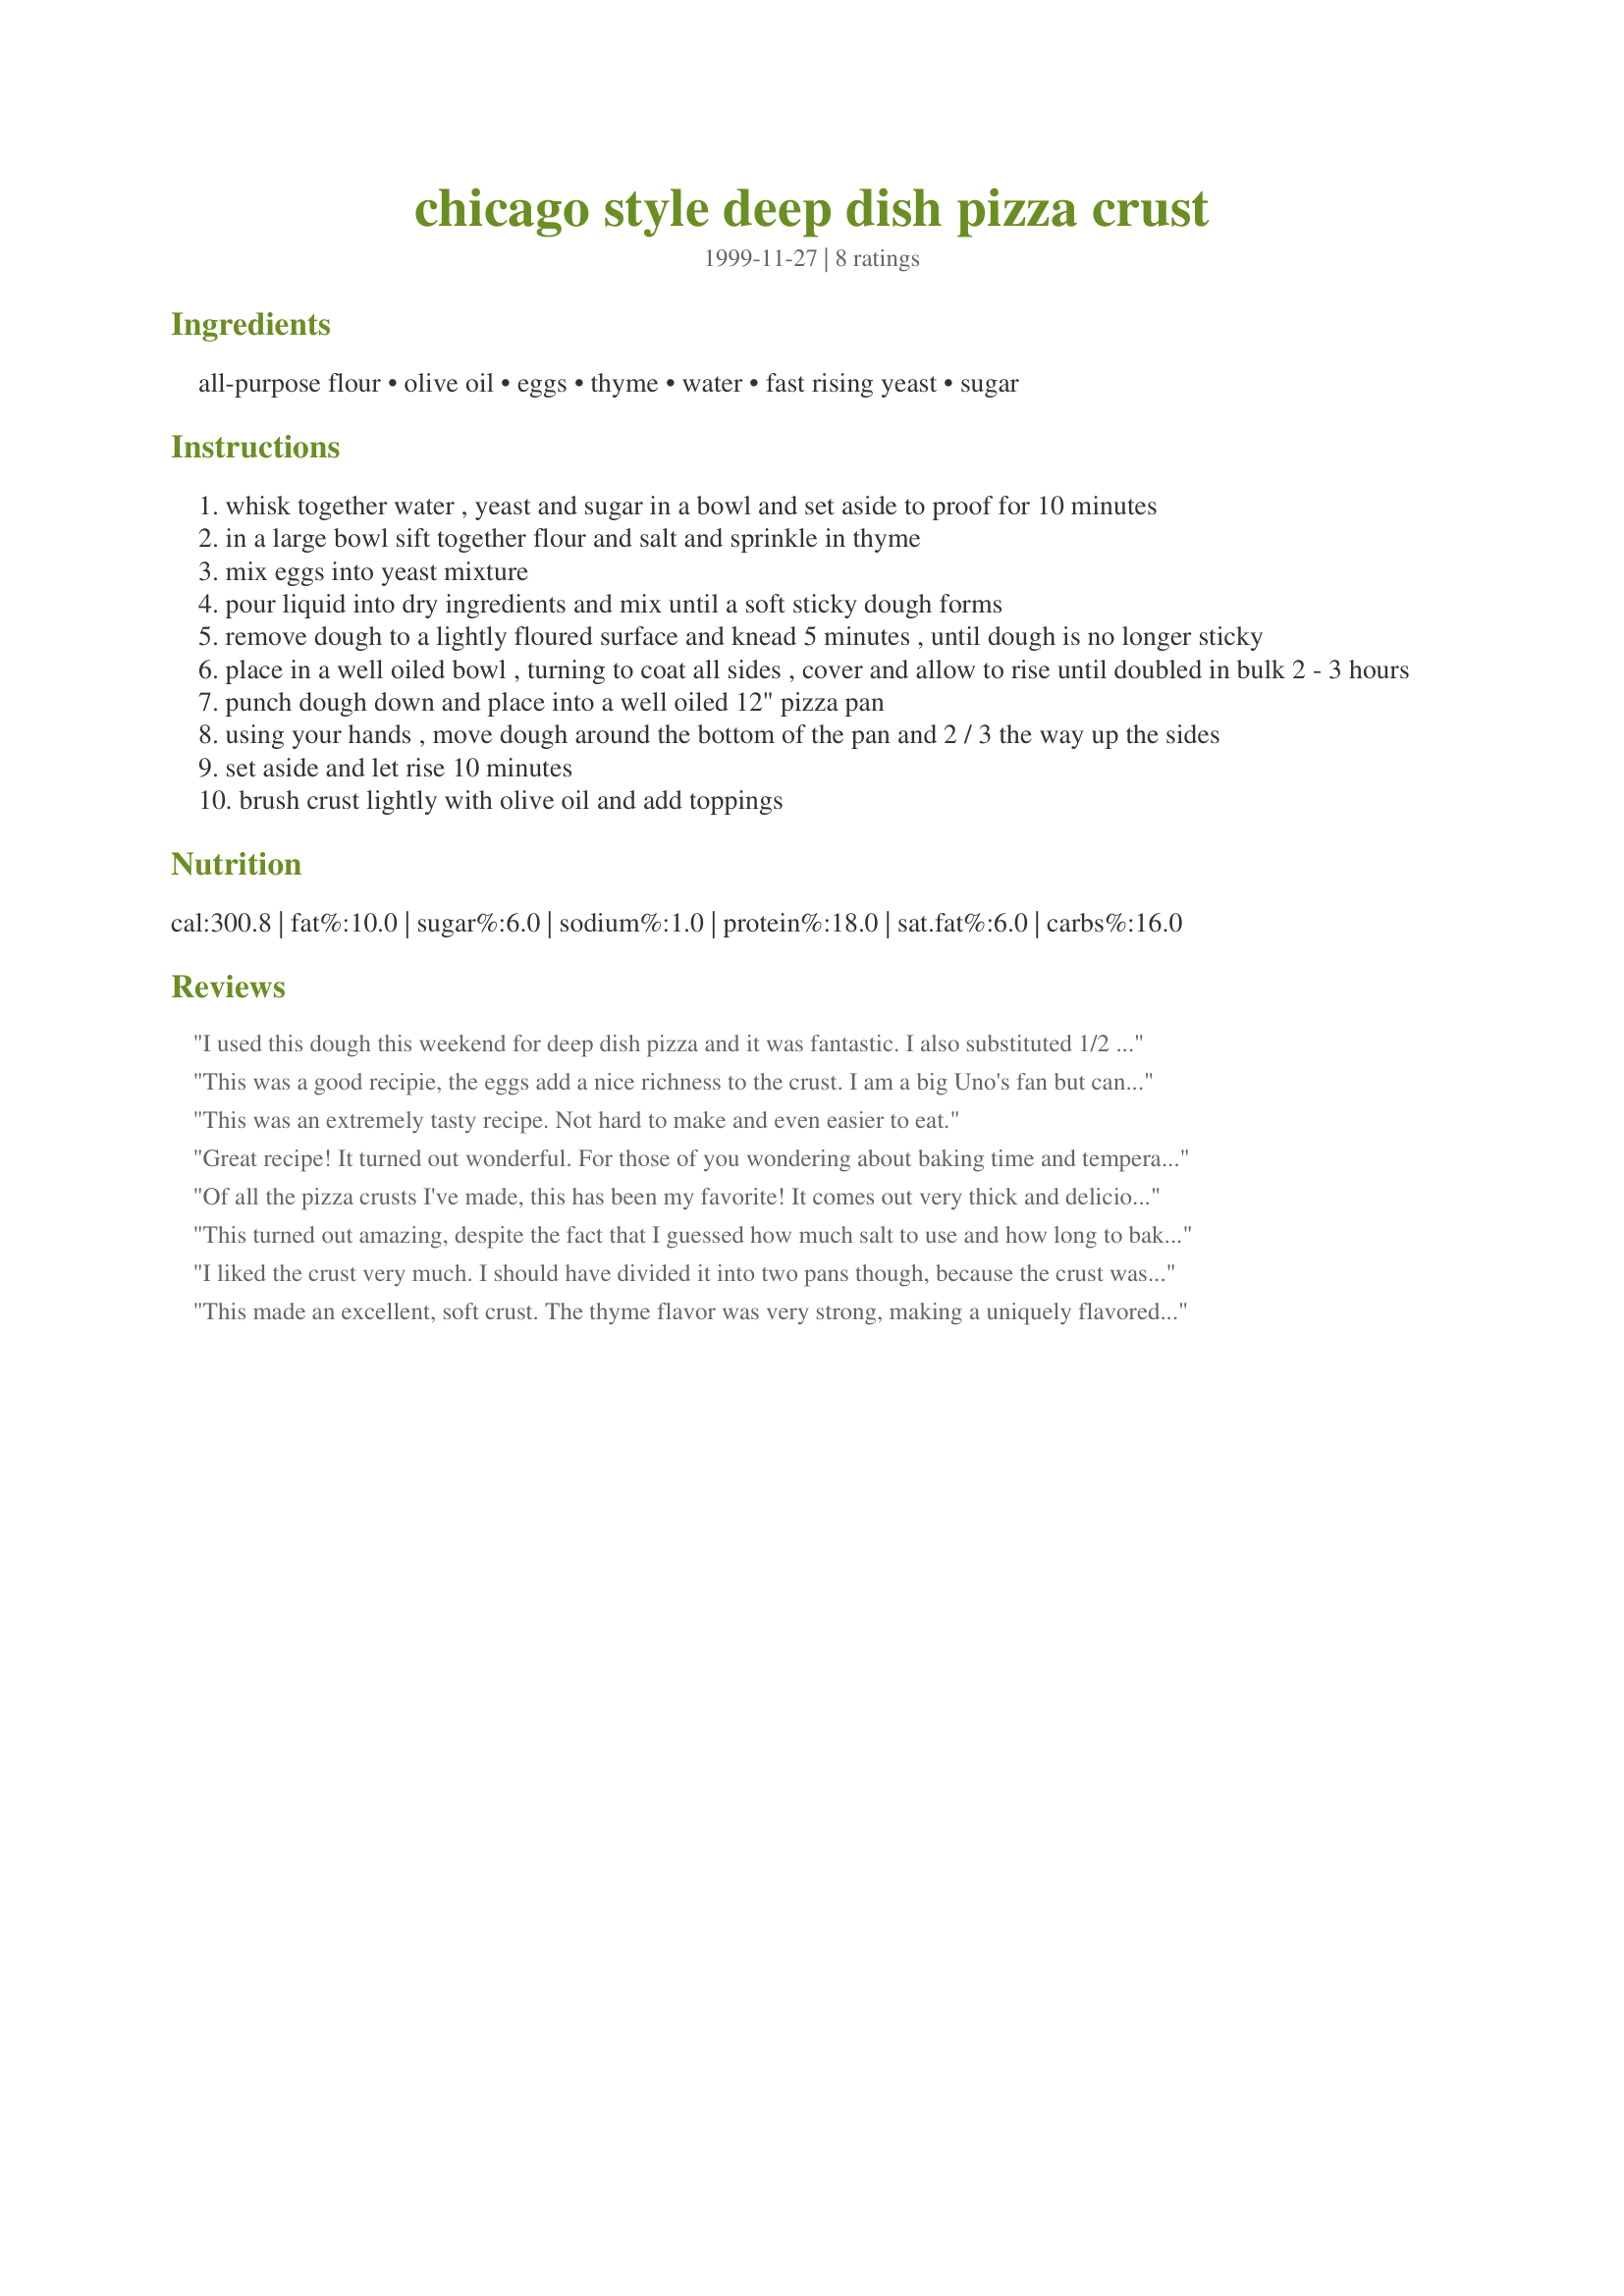
chicago style deep dish pizza crust
Preparation time: 0 minutes

Ingredients:
all-purpose flour, olive oil, eggs, thyme, water, fast rising yeast, sugar

Steps:
whisk together water , yeast and sugar in a bowl and set aside to proof for 10 minutes
in a large bowl sift together flour and salt and sprinkle in thyme
mix eggs into yeast mixture
pour liquid into dry ingredients and mix until a soft sticky dough forms
remove dough to a lightly floured surface and knead 5 minutes , until dough is no longer sticky
place in a well oiled bowl , turning to coat all sides , cover and allow to rise until doubled in bulk 2 - 3 hours
punch dough down and place into a well oiled 12" pizza pan
using your hands , move dough around the bottom of the pan and 2 / 3 the way up the sides
set aside and let rise 10 minutes
brush crust lightly with olive oil and add toppings

Reviews:
I used this dough this weekend for deep dish pizza and it was fantastic. I also substituted 1/2 white and 1/2 whole wheat flour and needed a bit more olive oil. I wasn't able to let it rest for the whole 3 hours, only 1 1/2 hours but it turned out great anyway. I used my own sauce and LOTS of fresh mozzeralla, mushrooms, red onion, ground beef and Italian sausage. It was SO good that we ended up sharing with the neighbors. I will make this over and over as we have been searching for a good deep dish since having the real deal in Chicago years ago. Thank you so much for sharing this great recipe!
This was a good recipie, the eggs add a nice richness to the crust. I am a big Uno's fan but can't get it where I live. I did make a few adaptations when I made this crust. I used clarified butter instead of the olive oil, added a little cornmeal, left out the thyme. It turned out wonderful!
This was an extremely tasty recipe. Not hard to make and even easier to eat.
Great recipe! It turned out wonderful. For those of you wondering about baking time and temperature, I found that 375 degrees for 25 minutes worked out really well.
Of all the pizza crusts I've made, this has been my favorite! It comes out very thick and delicious. You didn't specify how much salt to use, so I used about 1/4 teaspoon. I think it could use more like 1/2 teaspoon. I topped it with sauce, olives, mushrooms, and cheese! Great recipe, thanks.
This turned out amazing, despite the fact that I guessed how much salt to use and how long to bake on what temperature. If anyone else is struggling with this I used 1/2 tsp salt and baked for about 35-40 min at 425. 

Everyone raved about the pizza. We all expected to be super full but after 2 pieces we were just right. It was so light. I highly recommend substituting heavy pizza sauce with LOTS of fresh blanched roma tomatos.
I liked the crust very much. I should have divided it into two pans though, because the crust was a little too deep and thick, even though I love deep dish pizza. Next time, I'm going to try stuffing cheese in the crust!
This made an excellent, soft crust. The thyme flavor was very strong, making a uniquely flavored crust. If you are looking for a more neutral crust, I would cut the thyme in half. It's all a matter of preference, of course.
